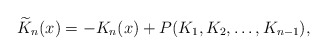
\begin{align*}\widetilde{K}_n(x) =-K_n(x) + P(K_1, K_2, \dots , K_{n-1}),\end{align*}